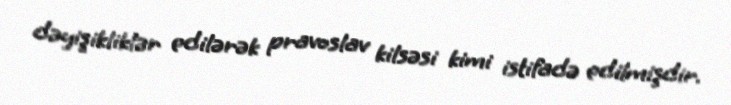
dəyişikliklər edilərək pravoslav kilsəsi kimi istifadə edilmişdir.